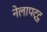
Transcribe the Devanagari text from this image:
नेलापट्टु